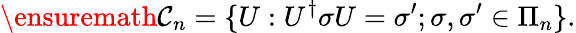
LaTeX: \ensuremath{{\mathcal{C}}}_{n}=\{ U:U^{\dagger}\sigma U=\sigma^{\prime};\sigma,\sigma^{\prime}\in\Pi_{n}\} .